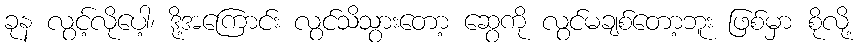
ခုန လွင့်လိုပေါ့၊ ဒို့အကြောင်း လွင်သိသွားတော့ ဆွေကို လွင်မချစ်တော့ဘူး ဖြစ်မှာ စိုလို့